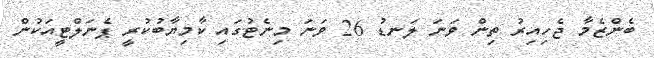
ބެންޒެމާ ޖެހިއިރު ތިން ވަނަ ލަނޑު 26 ވަނަ މިނެޓުގައި ކާމިޔާބުކުރީ ޕެނަލްޓީއަކުން